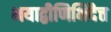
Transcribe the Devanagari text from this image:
भयाद्वीणिभिदैत्त